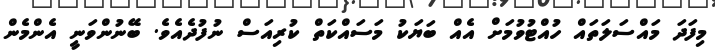
މިފަދަ މައްސަލަތައް ހުއްޓުވުމަށް އެއް ބަޔަކު މަސައްކަތް ކުރިއަސް ނުފުދެއެވެ. ބޭނުންވަނީ އެންމެން